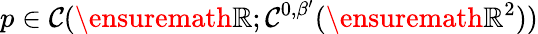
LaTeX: p\in\mathcal{C}(\ensuremath{{\mathbb{{R}}}};\mathcal{C}^{0,\beta^{\prime}}(\ensuremath{{\mathbb{{R}}}}^{2}))